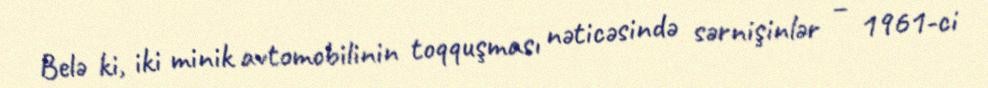
Belə ki, iki minik avtomobilinin toqquşması nəticəsində sərnişinlər – 1961-ci